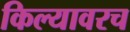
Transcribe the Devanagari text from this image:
किल्यावरच